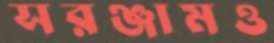
সরঞ্জামও